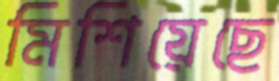
মিশিয়েছে